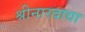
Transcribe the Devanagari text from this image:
श्रीनारदाद्या